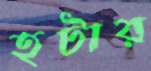
হটার